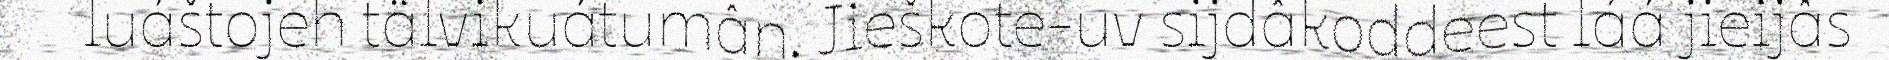
luáštojeh tälvikuátumân. Jieškote-uv sijdâkoddeest láá jieijâs